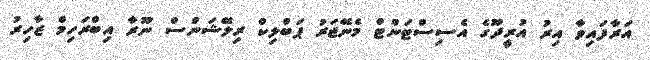
އަރާފައިވާ އިރު އުރީދޫގެ އެސިސްޓަންޓް މެނޭޖަރު ޕަބްލިކް ރިލޭޝަންސް ނޫރާ އިބްރަހިމް ޒާހިރު